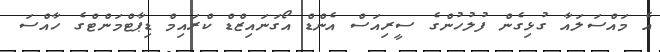
އެ މައްސަލައާ ގުޅިގެން ފުލުހުންގެ ސީރިއަސް އެންޑް އޯގަނައިޒްޑް ކްރައިމް ޑިޕާޓްމަންޓްގެ ހާއްސަ